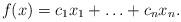
LaTeX: \begin{align*}f(x)=c_1 x_1+\ldots+c_n x_n.\end{align*}